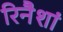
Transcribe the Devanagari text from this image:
रिनैशां